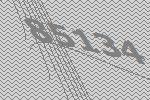
85134